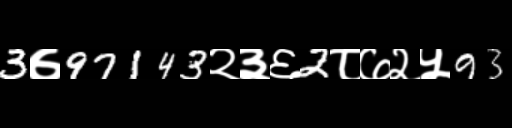
Text: 3७97143२३६2८७२५93